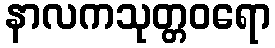
နာလကသုတ္တဝရော